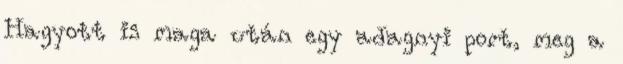
Hagyott is maga után egy adagnyi port, meg a